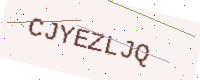
Text: CJYEZLJQ